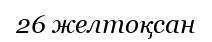
26 желтоқсан